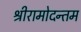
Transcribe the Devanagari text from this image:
श्रीरामोदन्तम